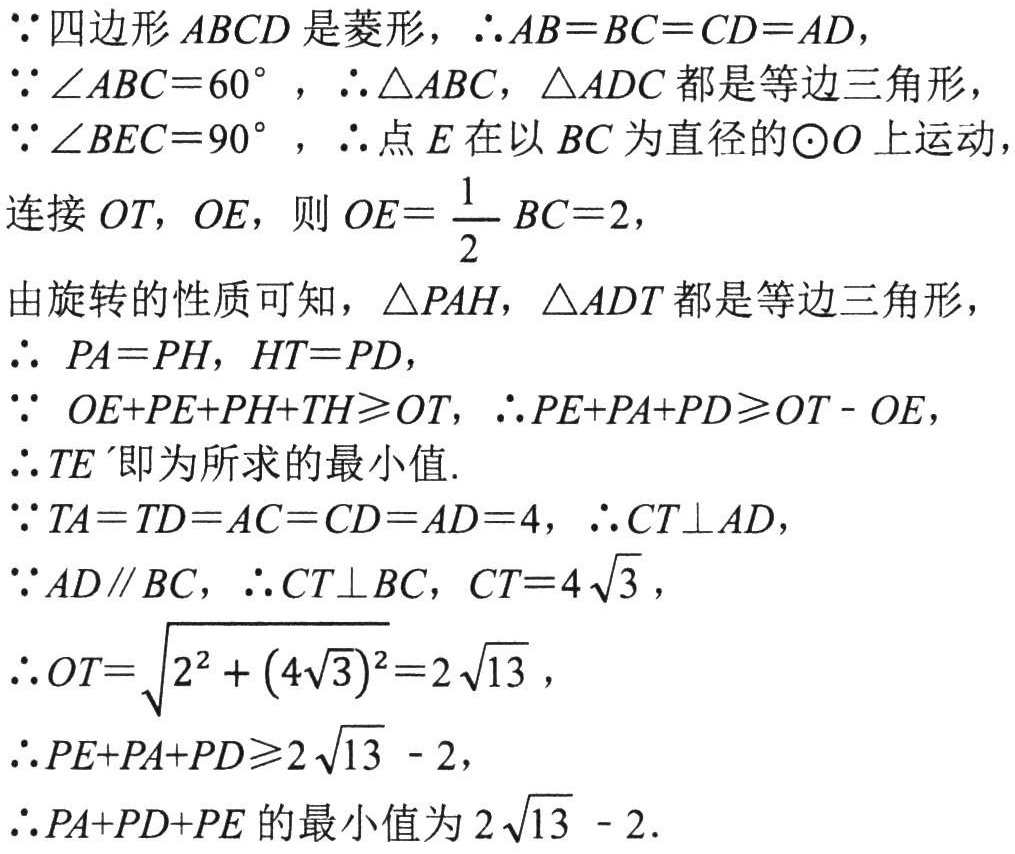
\(\because\)四边形\(ABCD\)是菱形，\(\therefore AB = BC = CD = AD\)，
\(\because\angle ABC = 60^{\circ}\)，\(\therefore\triangle ABC\)，\(\triangle ADC\)都是等边三角形，
\(\because\angle BEC = 90^{\circ}\)，\(\therefore\)点\(E\)在以\(BC\)为直径的\(\odot O\)上运动，
连接\(OT\)，\(OE\)，则\(OE=\dfrac{1}{2}BC = 2\)，
由旋转的性质可知，\(\triangle PAH\)，\(\triangle ADT\)都是等边三角形，
\(\therefore PA = PH\)，\(HT = PD\)，
\(\because OE + PE+PH + TH\geqslant OT\)，\(\therefore PE + PA+PD\geqslant OT - OE\)，
\(\therefore TE\)即为所求的最小值.
\(\because TA = TD = AC = CD = AD = 4\)，\(\therefore CT\perp AD\)，
\(\because AD\parallel BC\)，\(\therefore CT\perp BC\)，\(CT = 4\sqrt{3}\)，
\(\therefore OT=\sqrt{2^{2}+(4\sqrt{3})^{2}} = 2\sqrt{13}\)，
\(\therefore PE + PA+PD\geqslant2\sqrt{13}-2\)，
\(\therefore PA + PD+PE\)的最小值为\(2\sqrt{13}-2\).